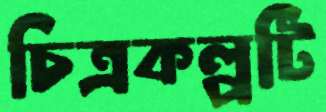
চিত্রকল্পটি